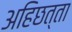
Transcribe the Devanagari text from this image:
अहिछत्ता